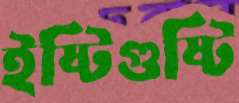
ইষ্টিগুষ্টি